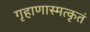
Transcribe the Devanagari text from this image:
गृहाणास्मत्कृतं